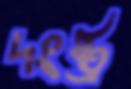
দংষ্ট্র